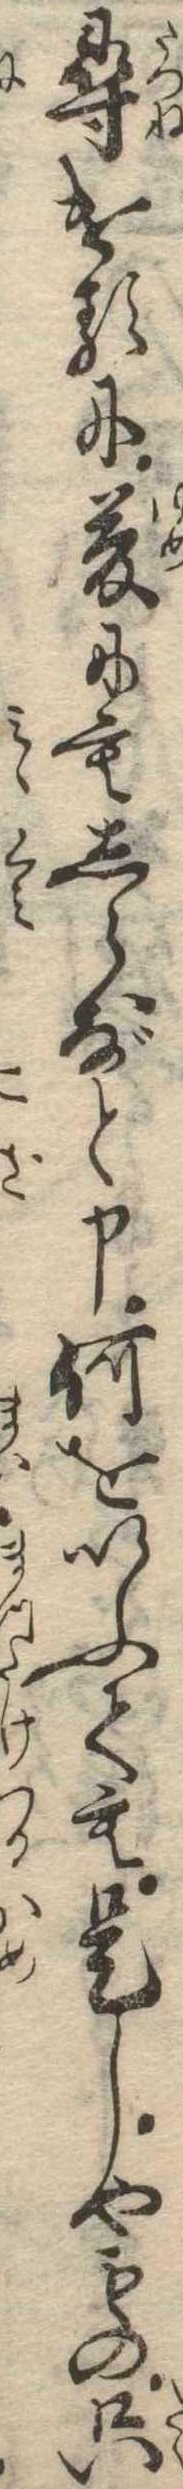
尋けるに夢にもしらずと申何をいふても是しやもの只